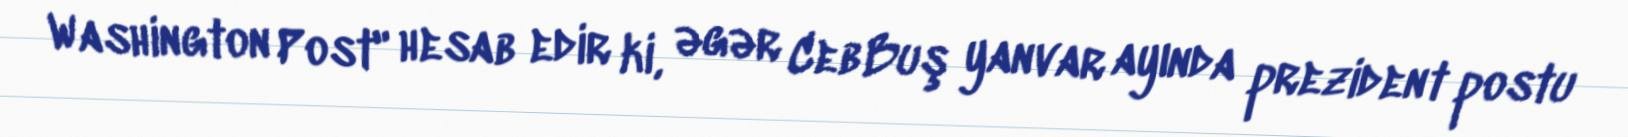
Washington Post" hesab edir ki, əgər Ceb Buş yanvar ayında prezident postu